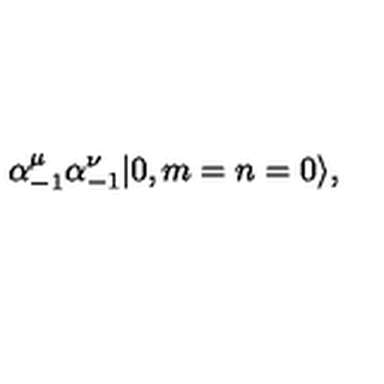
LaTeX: \alpha _ { - 1 } ^ { \mu } \alpha _ { - 1 } ^ { \nu } | 0 , m = n = 0 \rangle ,